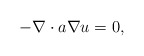
\begin{align*}-\nabla\cdot a\nabla u=0,\end{align*}